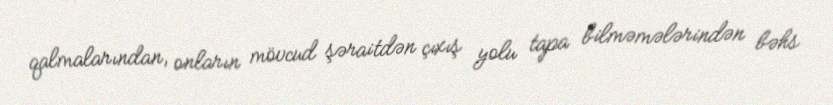
qalmalarından, onların mövcud şəraitdən çıxış yolu tapa bilməmələrindən bəhs